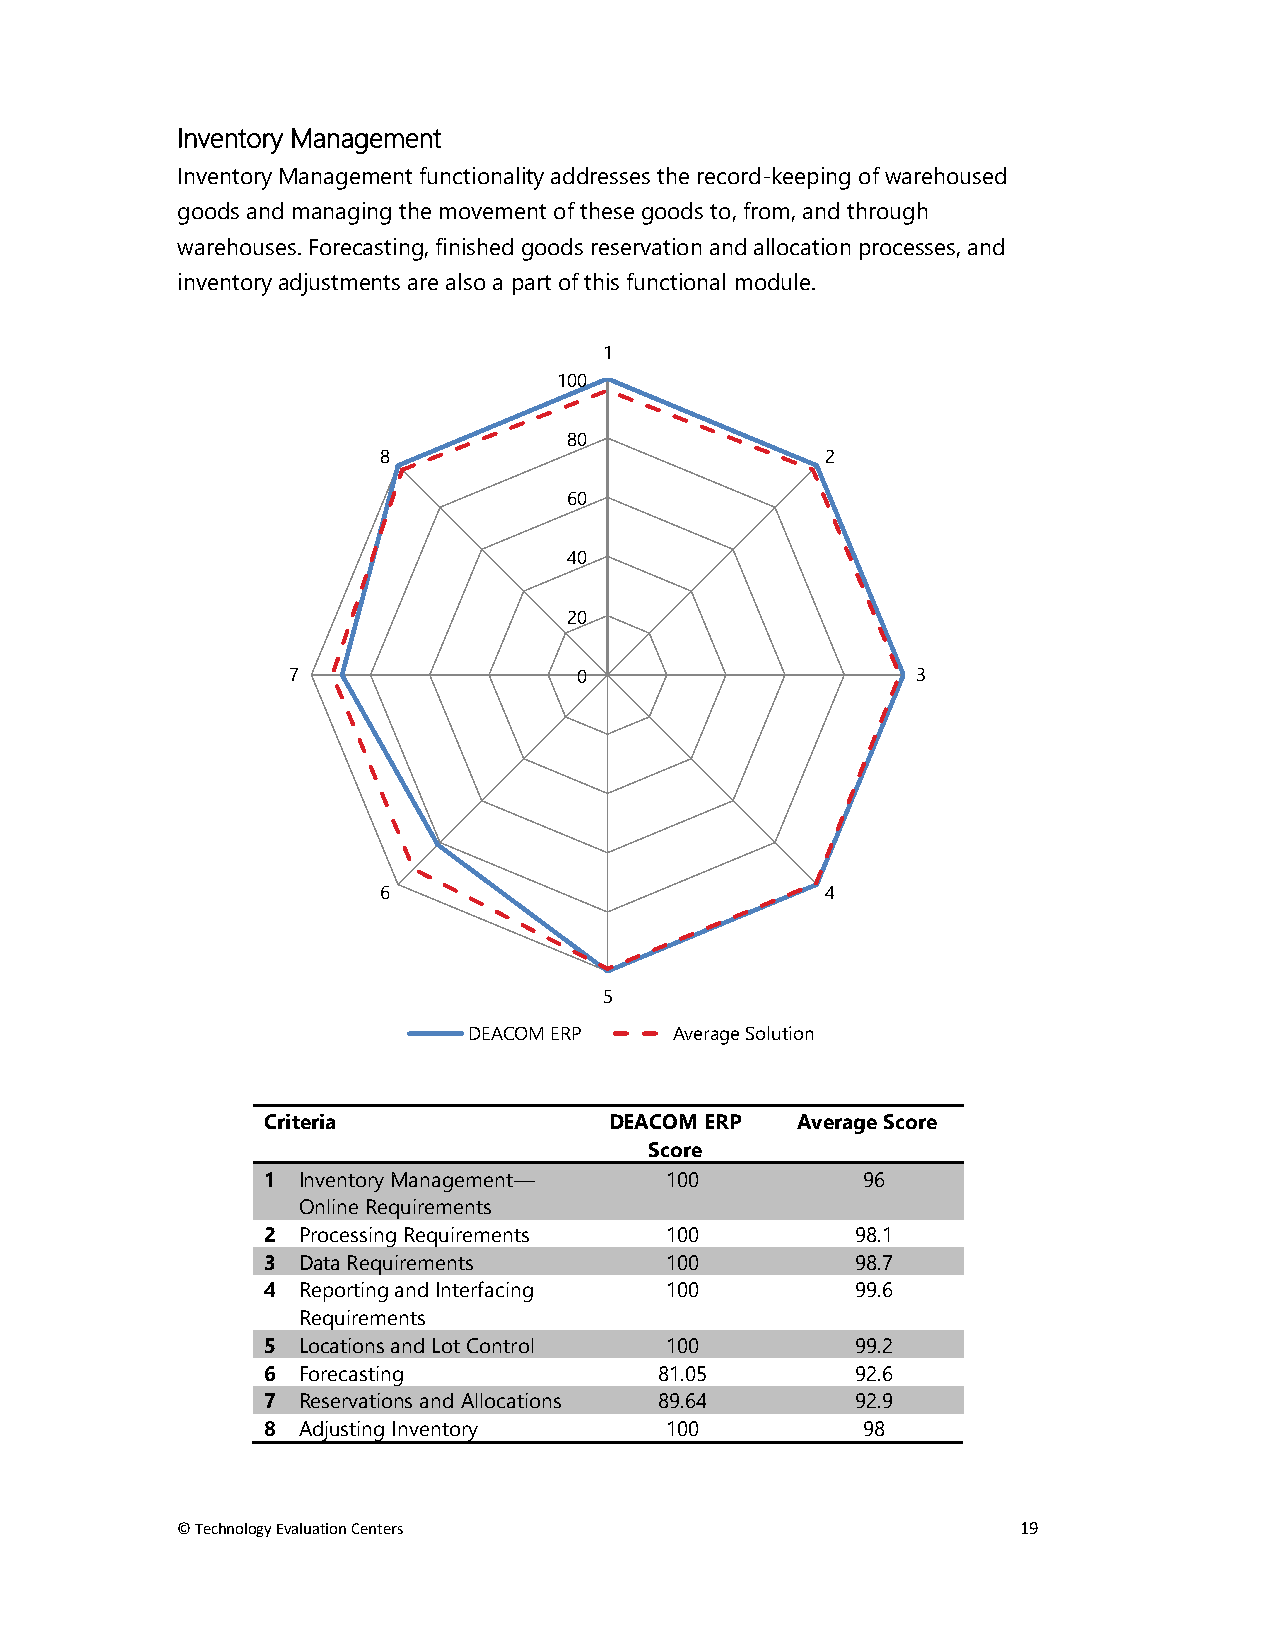
Inventory Management
 Inventory Management functionality addresses the record-keeping of warehoused
 goods and managing the movement of these goods to, from, and through
 warehouses. Forecasting, finished goods reservation and allocation processes, and
 inventory adjustments are also a part of this functional module.
 1
 100
 80
 8                             2
 60
 40
 20
 7                  0                      3
 6                             4
 5
 DEACOM ERP    Average Solution
 Criteria               DEACOM ERP   Average Score
 Score
 1  Inventory Management—   100          96
 Online Requirements
 2  Processing Requirements 100          98.1
 3  Data Requirements       100          98.7
 4  Reporting and Interfacing 100        99.6
 Requirements
 5  Locations and Lot Control 100        99.2
 6  Forecasting             81.05        92.6
 7  Reservations and Allocations 89.64   92.9
 8  Adjusting Inventory     100          98
 © Technology Evaluation Centers                         19